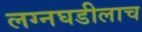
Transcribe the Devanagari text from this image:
लग्नघडीलाच